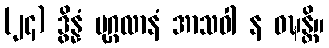
(၂၄) ဒွိန္နံ ပုဂ္ဂလာနံ အာသဝါ န ဝဍ္ဎန္တိ။